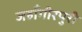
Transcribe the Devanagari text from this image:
जहाँगीरपुरी